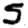
Digit: 5